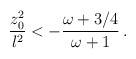
\begin{align*}{{z_0 ^2}\over l^2} < - {{\omega + 3/4}\over {\omega +1 }} \, .\end{align*}